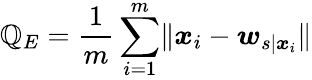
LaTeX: \mathbb{Q}_{E}=\frac{{1}}{{m}}\sum_{i=1}^{m}\lVert\boldsymbol{x}_{i}-\boldsymbol{w}_{s|\boldsymbol{x}_{i}}\rVert